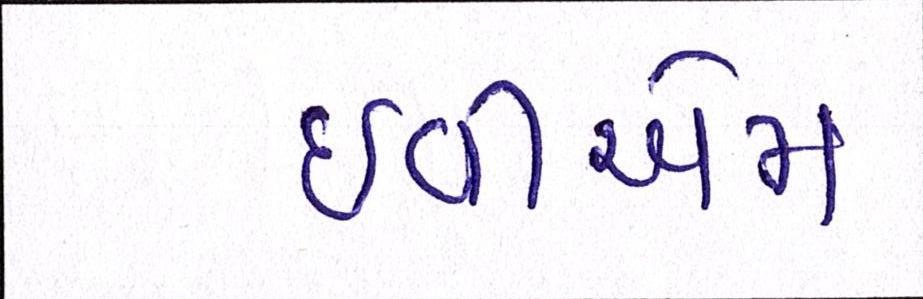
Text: ઇવીએમ